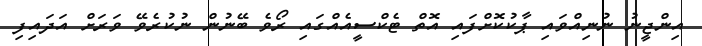
އިންޖީނު ނުނިއްވައި ޕާކުކޮށްފައި އޮތް ޓެކްސީއެއްގައި ރޯވެ ބޭނުން ނުކުރެވޭ ވަރަށް އަދައިފި